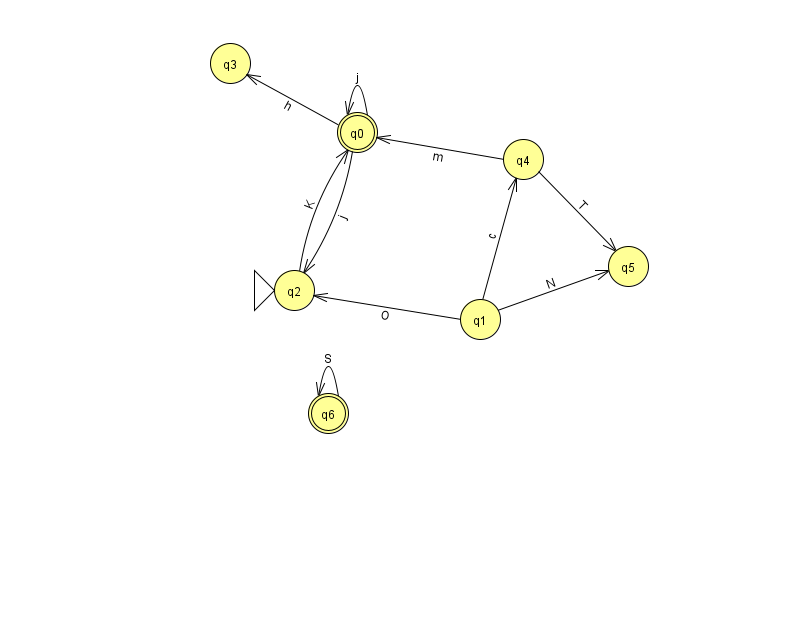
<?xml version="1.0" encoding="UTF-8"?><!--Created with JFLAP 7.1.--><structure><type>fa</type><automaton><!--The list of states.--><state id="0" name="q0"><x>357.0</x><y>119.0</y><final/></state><state id="1" name="q1"><x>480.0</x><y>306.0</y></state><state id="2" name="q2"><x>294.0</x><y>277.0</y><initial/></state><state id="3" name="q3"><x>230.0</x><y>50.0</y></state><state id="4" name="q4"><x>523.0</x><y>146.0</y></state><state id="5" name="q5"><x>628.0</x><y>253.0</y></state><state id="6" name="q6"><x>328.0</x><y>400.0</y><final/></state><!--The list of transitions.--><transition><from>6</from><to>6</to><read>S</read></transition><transition><from>0</from><to>2</to><read>j</read></transition><transition><from>1</from><to>4</to><read>c</read></transition><transition><from>4</from><to>5</to><read>T</read></transition><transition><from>2</from><to>0</to><read>K</read></transition><transition><from>4</from><to>0</to><read>m</read></transition><transition><from>0</from><to>3</to><read>h</read></transition><transition><from>1</from><to>5</to><read>N</read></transition><transition><from>0</from><to>0</to><read>j</read></transition><transition><from>1</from><to>2</to><read>O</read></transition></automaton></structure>